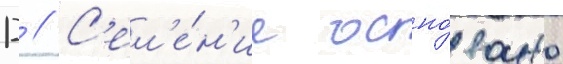
Д // С'ел'е́н'ие осно́вано